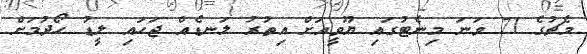
މެޗުގެ 71 ވަނަ މިނެޓުގައި ޔޫވީއަށް އިތުރު ލަނޑެއް ޖަހައި ލީޑު ހޯދުމަށް